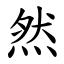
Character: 然